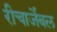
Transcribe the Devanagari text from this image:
रीचार्जेबल